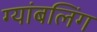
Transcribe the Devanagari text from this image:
ग्यांबलिंग